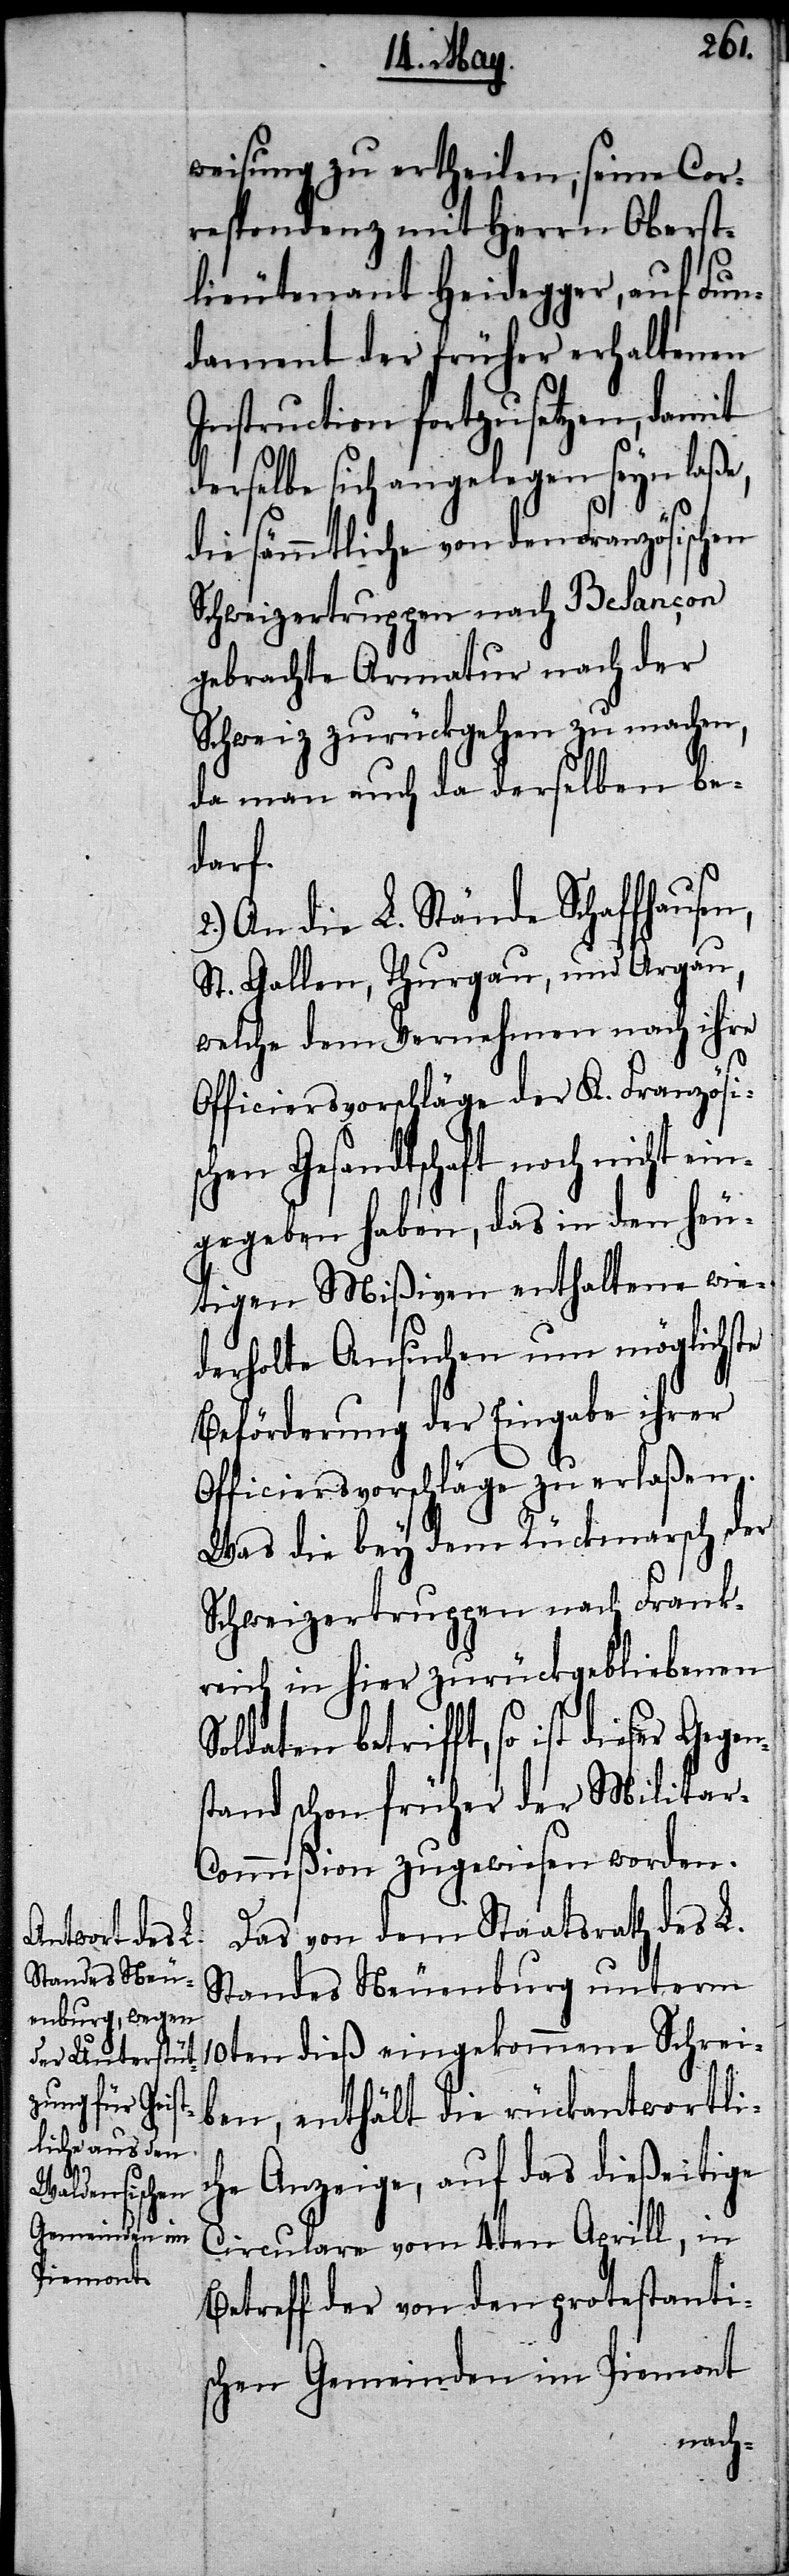
weisung ertheilen, seine Cor¬
respondenz mit Herrn Oberst¬
lieutenant Heidegger, auf Fun¬
dament der früher erhaltenen
Instruction fortzusetzen, damit
derselbe sich angelegen seyn laße,
die sämmtliche von den Französischen
Schweizertruppen nach Besancon
gebrachte Armatur nach der
Schweiz zurückgehen zu machen,
da man auch da derselben be¬
darf.
2.) An die L. Stände Schaffhausen,
St. Gallen, Thurgau, und Argau,
welche dem Vernehmen nach ihre
Officiersvorschläge der K. Französis¬
chen Gesandtschaft noch nicht e¬
ingegeben haben, das in den heu¬
tigen Mißiven enthaltene wie¬
derholte Ansuchen um möglichste
Beförderung der Eingabe ihrer
Officiersvorschläge zu erlaßen.
Was die bey dem Rückmarsch der
Schweizertruppen nach Frank¬
reich in hier zurückgebliebenen
betrifft, so ist dieser Gegen¬
stand schon früher der Militar-C¬
ommißion zugewisen worden.
Das von dem Staatsrath des L.
Standes Neuenburg unterm
10ten dieß eingekommene Schrei¬
ben, enthält die rückantwortli¬
che Anzeige, auf das dießeitige
Circulare vom 4ten Aprill, in
Betreff der von den protestantis¬
chen Gemeinden im Piemont